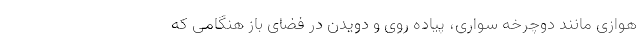
هوازی مانند دوچرخه سواری، پیاده روی و دویدن در فضای باز هنگامی که